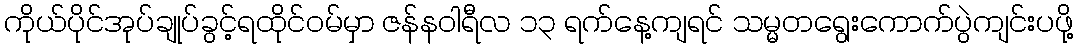
ကိုယ်ပိုင်အုပ်ချုပ်ခွင့်ရထိုင်ဝမ်မှာ ဇန်နဝါရီလ ၁၃ ရက်နေ့ကျရင် သမ္မတရွေးကောက်ပွဲကျင်းပဖို့